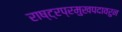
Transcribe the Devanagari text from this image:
राष्ट्रप्रमुखपदावरुन